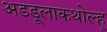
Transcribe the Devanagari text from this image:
अडडूलाकथोल्हू